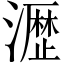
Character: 𤁋